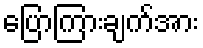
ပြောကြားချက်အား